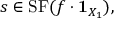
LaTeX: s \in \mathrm { { S F } } ( f \cdot { \mathbf { 1 } } _ { X _ { 1 } } ) ,